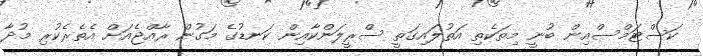
ކަސްޓަމްސްއިން ބުނީ މިތަކެތި އަތުލައިގަތީ ސްރީލަންކާއިން ކަނޑުގެ މަގުން ރާއްޖެއަށް އެތެރެކުރި މުދާ